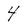
Character: 4